Annual report of the Punjab Veterinary College and of the Civil Veterinary Department, Punjab - 1909-1919
Year: 1909
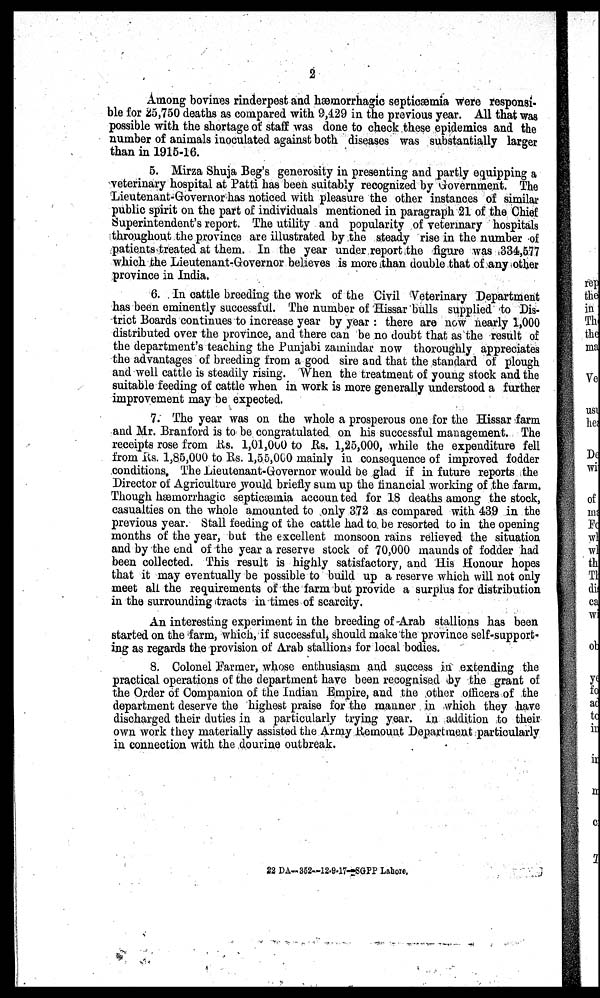
2
Among bovines rinderpest and hemorrhagic septicæmia were responsi-
ble for 25,750 deaths as compared with 9,429 in the previous year. All that was
possible with the shortage of staff was done to check these epidemics and the
number of animals inoculated against both diseases was substantially larger
than in 1915-16.
5. Mirza Shuja Beg's generosity in presenting and partly equipping a
veterinary hospital at Patti has been suitably recognized by Government. The
Lieutenant-Governor has noticed with pleasure the other instances of similar
public spirit on the part of individuals mentioned in paragraph 21 of the Chief
Superintendent's report. The utility and popularity of veterinary hospitals
throughout the province are illustrated by the steady rise in the number of
patients treated at them. In the year under report the figure was 334,577
which the Lieutenant-Governor believes is more than double that of any other
province in India.
6. In cattle breeding the work of the Civil Veterinary Department
has been eminently successful. The number of Hissar bulls supplied to Dis-
trict Boards continues to increase year by year : there are now nearly 1,000
distributed over the province, and there can be no doubt that as the result of
the department's teaching the Punjabi zamindar now thoroughly appreciates
the advantages of breeding from a good sire and that the standard of plough
and well cattle is steadily rising. When the treatment of young stock and the
suitable feeding of cattle when in work is more generally understood a further
improvement may be expected.
7. The year was on the whole a prosperous one for the Hissar farm
and Mr. Branford is to be congratulated on his successful management. The
receipts rose from Rs. 1,01,000 to Rs. 1,25,000, while the expenditure fell
from Rs. 1,85,000 to Rs. 1,55,000 mainly in consequence of improved fodder
conditions. The Lieutenant-Governor would be glad if in future reports the
Director of Agriculture would briefly sum up the financial working of the farm.
Though hæmorrhagic septicæmia accounted for 18 deaths among the stock,
casualties on the whole amounted to only 372 as compared with 439 in the
previous year. Stall feeding of the cattle had to be resorted to in the opening
months of the year, but the excellent monsoon rains relieved the situation
and by the end of the year a reserve stock of 70,000 maunds of fodder had
been collected. This result is highly satisfactory, and His Honour hopes
that it may eventually be possible to build up a reserve which will not only
meet all the requirements of the farm but provide a surplus for distribution
in the surrounding tracts in times of scarcity.
An interesting experiment in the breeding of Arab stallions has been
started on the farm, which, if successful, should make the province self-support-
ing as regards the provision of Arab stallions for local bodies.
8. Colonel Farmer, whose enthusiasm and success in extending the
practical operations of the department have been recognised by the grant of
the Order of Companion of the Indian Empire, and the other officers of the
department deserve the highest praise for the manner in which they have
discharged their duties in a particularly trying year. In addition to their
own work they materially assisted the Army Remount Department particularly
in connection with the dourine outbreak.
22 DA-352—12-9-17--SGPP Lahore.